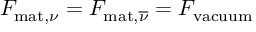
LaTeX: { \cal F } _ { \mathrm { m a t } , \nu } = { \cal F } _ { \mathrm { m a t } , \overline { { { \nu } } } } = { \cal F } _ { \mathrm { v a c u u m } }